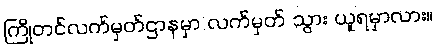
ကြိုတင်လက်မှတ်ဌာနမှာ လက်မှတ် သွား ယူရမှာလား။